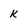
Character: k